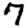
Digit: 7